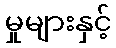
မှုများနှင့်